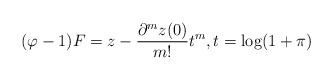
\begin{align*}(\varphi-1) F=z-\frac{\partial^mz(0)}{m!}t^m,t=\log (1+\pi)\end{align*}